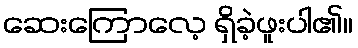
ဆေးကြောလေ့ ရှိခဲ့ဖူးပါ၏။